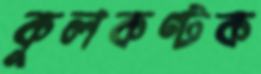
কুলকণ্টক